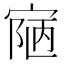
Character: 𡩊